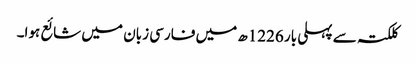
کلکتہ سے پہلی بار 1226ھ میں فارسی زبان میں شائع ہوا۔